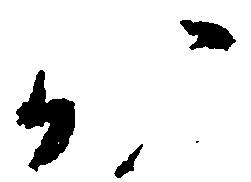
か